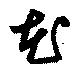
芲